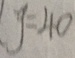
y = 4 0